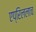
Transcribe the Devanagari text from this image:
एप्रिललाच